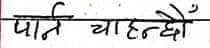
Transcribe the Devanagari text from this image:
पार्न चाहन्छौँ